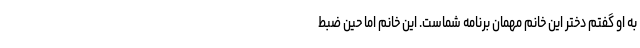
به او گفتم دختر این خانم مهمان‌ برنامه شماست. این خانم اما حین ضبط